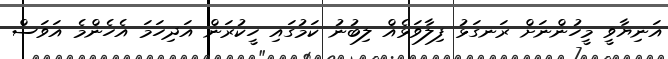
އަނިޔާވީ މީހުންނަށް ރަނގަޅު ފިލާވަޅެއް ލިބުނު ކަމުގައި ހީކުރަން އަދިހަމަ އެހެންމެ އަވަސް